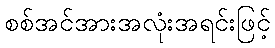
စစ်အင်အားအလုံးအရင်းဖြင့်